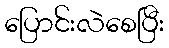
ပြောင်းလဲစေပြီး